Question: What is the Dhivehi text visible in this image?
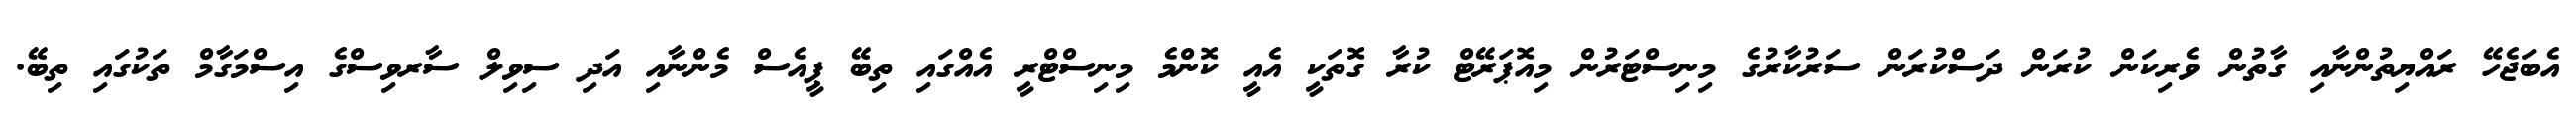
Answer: އެބަޖެހޭ ރައްޔިތުންނާއި ގާތުން ވެރިކަން ކުރަން ދަސްކުރަން ސަރުކާރުގެ މިނިސްޓަރުން މިއޮޕަރޭޓް ކުރާ ގޮތަކީ އެއީ ކޮންމެ މިނިސްޓްރީ އެއްގައި ތިބޭ ޕީއެސް މެންނާއި އަދި ސިވިލް ސާރވިސްގެ އިސްމަގާމް ތަކުގައި ތިބޭ.